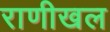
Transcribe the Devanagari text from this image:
राणीखल